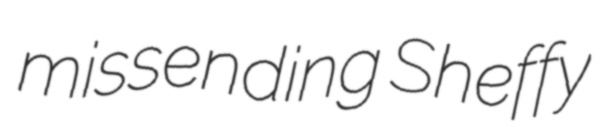
missending Sheffy